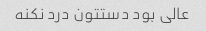
عالی بود دستتون درد نکنه